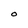
Character: O